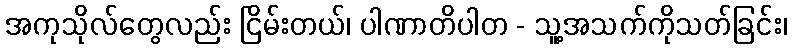
အကုသိုလ်တွေလည်း ငြိမ်းတယ်၊ ပါဏာတိပါတ - သူ့အသက်ကိုသတ်ခြင်း၊